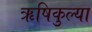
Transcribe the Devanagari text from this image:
ऋषिकुल्या